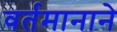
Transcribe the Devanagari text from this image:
वर्तमानाने